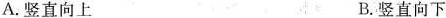
A.竖直向上 B.竖直向下